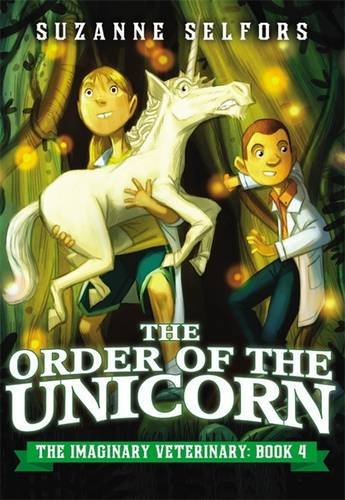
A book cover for The Order of the Unicorn (The Imaginary Veterinary); Suzanne Selfors; Children's Books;